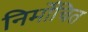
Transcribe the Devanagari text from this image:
निर्मोचित